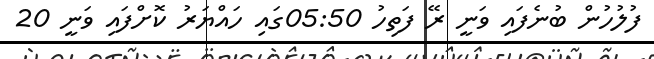
ފުލުހުން ބުނެފައި ވަނީ ރޭ ފަތިހު 05:50ގައި ހައްޔަރު ކޮށްފައި ވަނީ 20